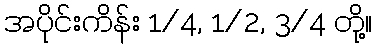
အပိုင်းကိန်း 1/4, 1/2, 3/4 တို့။